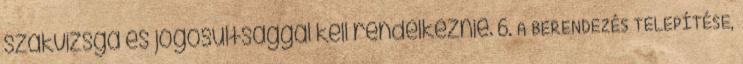
szakvizsga és jogosultsággal kell rendelkeznie. 6. A BERENDEZÉS TELEPÍTÉSE,